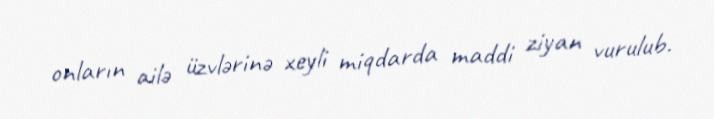
onların ailə üzvlərinə xeyli miqdarda maddi ziyan vurulub.